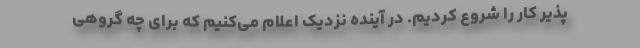
پذیر کار را شروع کردیم. در آینده نزدیک اعلام می‌کنیم که برای چه گروهی